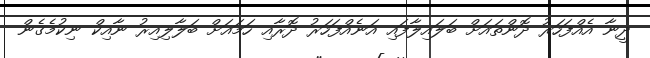
ދީނާ އެއްފަހަރު ދޮންތައަށް ބަލައިލާފައި އަނެއްފަހަރު ދޮރާއި ހަމައަށް ބަލާލިއިރު ނާއިކް ނިކުމެގެން